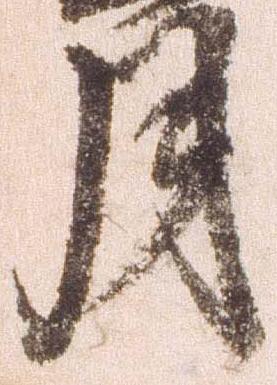
月